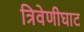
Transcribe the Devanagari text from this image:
त्रिवेणीघाट